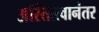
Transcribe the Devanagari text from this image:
अस्तित्त्वानंतर